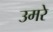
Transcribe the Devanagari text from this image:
उमरे